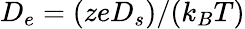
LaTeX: D_{e}=(zeD_{s})/(k_{B}T)